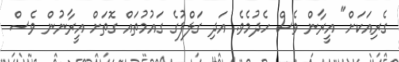
ގެރިއަކަށް" އީރާން ވެސް ހެދުމެވެ. އަދި ގަލްފުގެ ގައުމުތައް ގޮތަށް އީރާނުން ވެސް